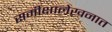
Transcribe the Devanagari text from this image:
समीक्षालेखनात